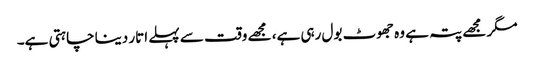
مگر مجھے پتہ ہے وہ جھوٹ بول رہی ہے، مجھے وقت سے پہلے اتار دینا چاہتی ہے۔